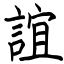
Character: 誼